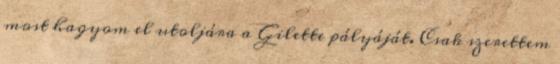
most hagyom el utoljára a Gilette pályáját. Csak szerettem